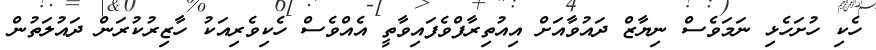
ހެކި ހުށަހެޅި ނަމަވެސް ނިޔާޒް ދައުވާއަށް އިއުތިރާފްވެފައިވާތީ އެއްވެސް ހެކިވެރިއަކު ހާޒިރުކުރަން ދައުލަތުން